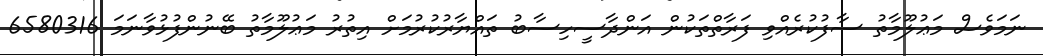
ނަމަވެސް މަޢުލޫމާތު ސާފުކުރެއްވި ފަރާތްތަކުން އަންދާސީހިސާބު ތައްޔާރުކުރުމަށް އިތުރު މަޢުލޫމާތު ބޭނުންފުޅުވާނަމަ 6580316